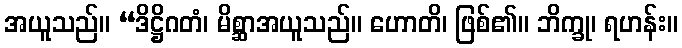
အယူသည်။ “ဒိဋ္ဌိဂတံ၊ မိစ္ဆာအယူသည်။ ဟောတိ၊ ဖြစ်၏။ ဘိက္ခု၊ ရဟန်း။